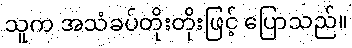
သူက အသံခပ်တိုးတိုးဖြင့် ပြောသည်။